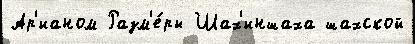
Ар'ианом Разм'е́ры Шах'иншаха шахской